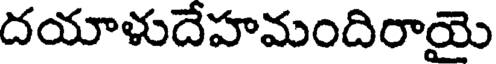
దయాళుదేహమందిరాయై